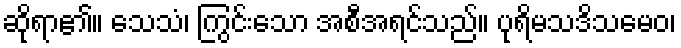
ဆိုရာ၏။ သေသံ၊ ကြွင်းသော အစီအရင်သည်။ ပုရိမသဒိသမေဝ၊